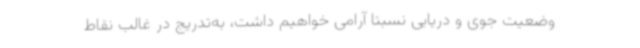
وضعیت جوی و دریایی نسبتاً آرامی خواهیم داشت، به‌تدریج در غالب نقاط